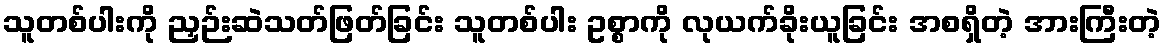
သူတစ်ပါးကို ညှဉ်းဆဲသတ်ဖြတ်ခြင်း သူတစ်ပါး ဥစ္စာကို လုယက်ခိုးယူခြင်း အစရှိတဲ့ အားကြီးတဲ့